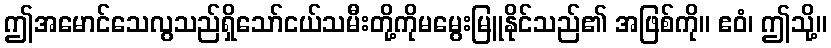
ဤအမောင်သေလွသည်ရှိသော်ငယ်သမီးတို့ကိုမမွေးမြူနိုင်သည်၏ အဖြစ်ကို။ ဧဝံ၊ ဤသို့။